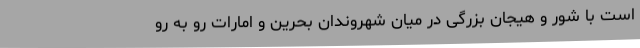
است با شور و هیجان بزرگی در میان شهروندان بحرین و امارات رو به رو